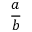
\frac { a } { b }